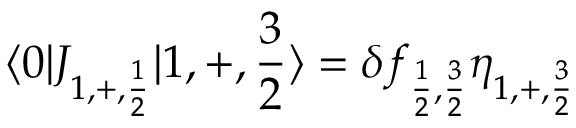
\langle 0 | J _ { 1 , + , { \frac { 1 } { 2 } } } | 1 , + , { \frac { 3 } { 2 } } \rangle = \delta f _ { { \frac { 1 } { 2 } } , { \frac { 3 } { 2 } } } \eta _ { 1 , + , { \frac { 3 } { 2 } } } \,